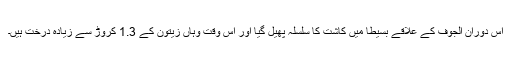
اس دوران الجوف کے علاقے بسیطا میں کاشت کا سلسلہ پھیل گیا اور اس وقت وہاں زیتون کے 1.3 کروڑ سے زیادہ درخت ہیں۔